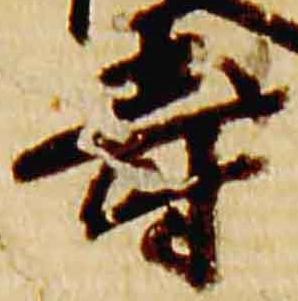
寿